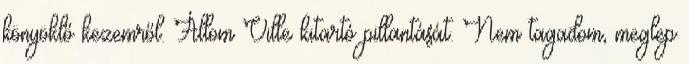
könyöklő kezemről. Állom Ville kitartó pillantását. Nem tagadom, meglep